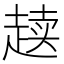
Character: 𰷸